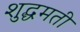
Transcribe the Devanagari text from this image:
शुद्धमती